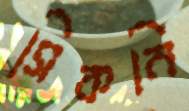
সিকনি